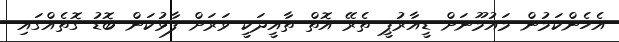
އެހެންކަމުން މައުމޫނަށް ޑީއާރުޕީ ތެރޭ އޮތް ތާއީދަކީ ވަރަށް ފާޅުކަން ބޮޑު ގޮތެއްގައި